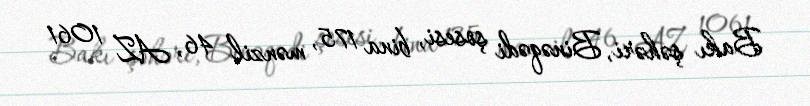
Bakı şəhəri, Binəqədi şosesi, bina 175, mənzil 46, AZ 1061